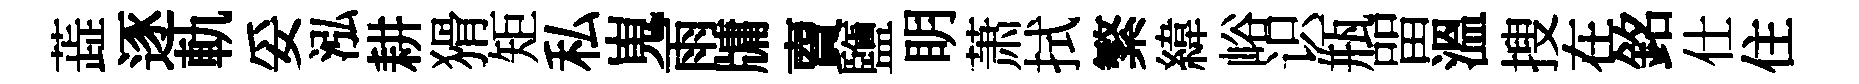
蕋逐軌妥泓耕猾矩私嵬雨牗𧶠鹽眀萧拭繁緯峪识瓶㽞溫搜在銘仕住